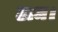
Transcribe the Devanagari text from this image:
ठाम।